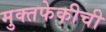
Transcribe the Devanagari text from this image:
मुक्तफेकीची